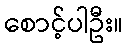
စောင့်ပါဦး။